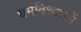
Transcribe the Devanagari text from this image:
धर्मविश्वासों